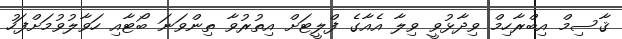
ޤާސިމް އިބްރާހިމް ވިދާޅުވީ ވިލާ އެއާގެ ފްލީޓަށް އިތުރުވާ ތިންވަނަ ބޯޓާއި ހަވާލުވުމަށްފަހު